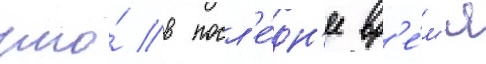
что́ в посл'е́дн'ее вр'е́м'я